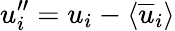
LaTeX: u_{i}^{\prime\prime}=u_{i}-\langle\overline{{u}}_{i}\rangle